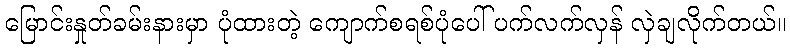
မြောင်းနှုတ်ခမ်းနားမှာ ပုံထားတဲ့ ကျောက်စရစ်ပုံပေါ် ပက်လက်လှန် လှဲချလိုက်တယ်။